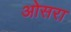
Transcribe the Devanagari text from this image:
ओसरा